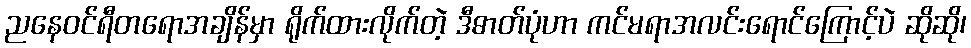
ညနေဝင်ရီတရောအချိန်မှာ ရိုက်ထားလိုက်တဲ့ ဒီဓာတ်ပုံဟာ ကင်မရာအလင်းရောင်ကြောင့်ပဲ ဆိုဆို၊